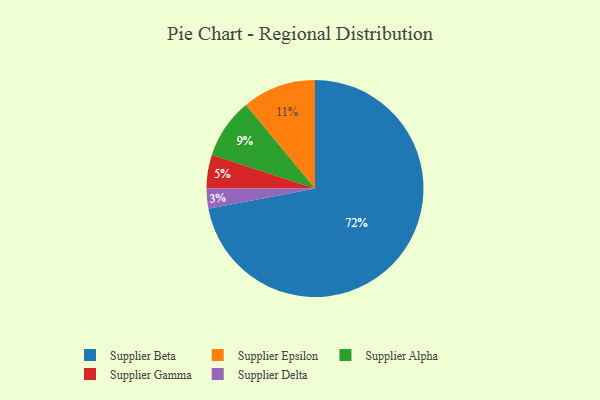
{"axis": {"x": "Category", "y": "Percentage"}, "legend": ["Supplier Alpha", "Supplier Beta", "Supplier Delta", "Supplier Epsilon", "Supplier Gamma"], "data": [{"x": "Supplier Gamma", "y": 5, "type": "Supplier Gamma"}, {"x": "Supplier Alpha", "y": 9, "type": "Supplier Alpha"}, {"x": "Supplier Epsilon", "y": 11, "type": "Supplier Epsilon"}, {"x": "Supplier Beta", "y": 72, "type": "Supplier Beta"}, {"x": "Supplier Delta", "y": 3, "type": "Supplier Delta"}]}